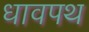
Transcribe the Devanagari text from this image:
धावपथ